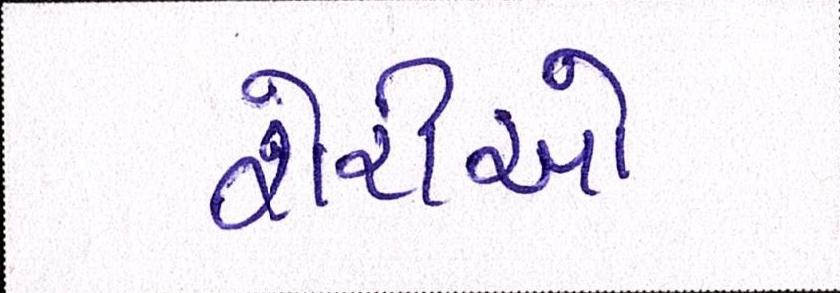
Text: શેરીઓ